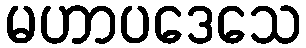
မဟာပဒေသေ